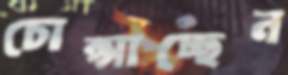
চোপ্‌সাচ্ছেন